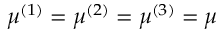
\mu ^ { ( 1 ) } = \mu ^ { ( 2 ) } = \mu ^ { ( 3 ) } = \mu